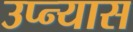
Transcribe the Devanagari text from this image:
उप्न्यास